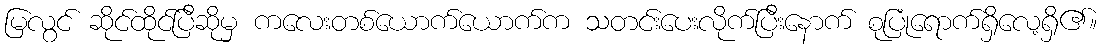
မြလွင် ဆိုင်ထိုင်ပြီဆိုမှ ကလေးတစ်ယောက်ယောက်က သတင်းပေးလိုက်ပြီးနောက် စုပြုံရောက်ရှိလေ့ရှိ၏။